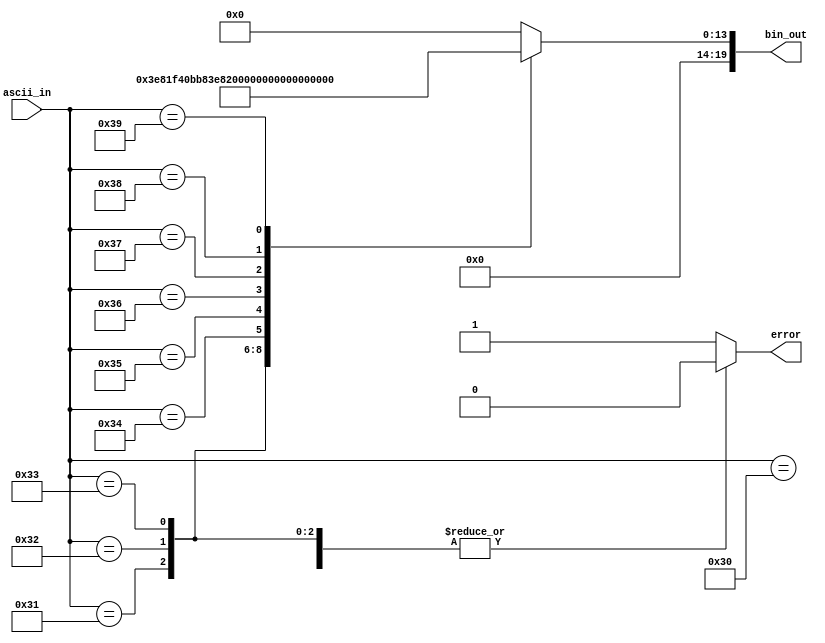
module ascii_decoder1000(
	input [7:0] ascii_in,
	output reg[19:0] bin_out,
	output reg error);
	
	always begin
	
		case (ascii_in)
		
			8'h30: begin
				bin_out = 20'h00000;
				error = 0;
			end
			8'h31: begin
				bin_out = 20'h003E8;
				error = 0;
			end			
			
			8'h32: begin
				bin_out = 20'h007D0;
				error = 0;
			end
			
			8'h33: begin
				bin_out = 20'h00BB8;
				error = 0;
			end
			
			8'h34: begin
				bin_out = 20'h00FA0;
				error = 0;
			end
			
			8'h35: begin
				bin_out = 20'h01388;
				error = 0;
			end
			
			8'h36: begin
				bin_out = 20'h01770;
				error = 0;
			end
			
			8'h37: begin
				bin_out = 20'h01B58;
				error = 0;
			end
			
			8'h38: begin
				bin_out = 20'h01F40;
				error = 0;
			end
			
			8'h39: begin
				bin_out = 20'h02328;
				error = 0;
			end
			
			default: begin
				bin_out = 20'h00000;
				error = 1;
			end
			
		endcase
	
	end
endmodule